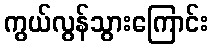
ကွယ်လွန်သွားကြောင်း